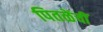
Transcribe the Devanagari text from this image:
पितळेंचीं